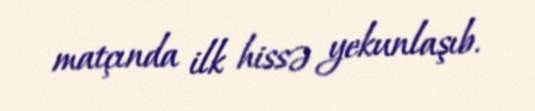
matçında ilk hissə yekunlaşıb.